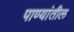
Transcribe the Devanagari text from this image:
पाण्यांतील